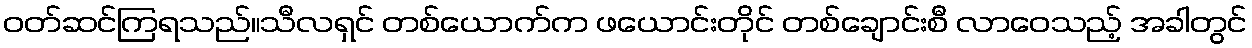
ဝတ်ဆင်ကြရသည်။သီလရှင် တစ်ယောက်က ဖယောင်းတိုင် တစ်ချောင်းစီ လာဝေသည့် အခါတွင်